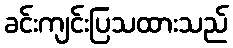
ခင်းကျင်းပြသထားသည်